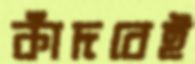
কাঁদবেই